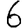
Digit: 6